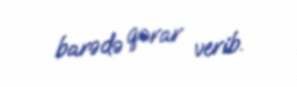
barədə qərar verib.